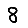
Digit: 8